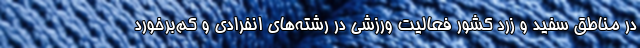
در مناطق سفید و زرد کشور فعالیت ورزشی در رشته‌های انفرادی و کم‌برخورد